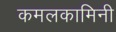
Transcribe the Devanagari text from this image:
कमलकामिनी